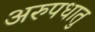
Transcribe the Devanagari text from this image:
अरुपधातु